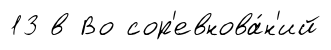
13 в Во сор'евнова́н'ий